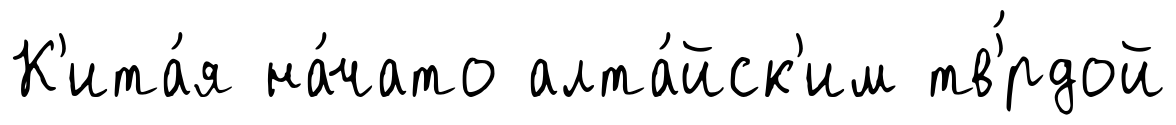
К'ита́я на́чато алта́йск'им тв'́рдой